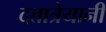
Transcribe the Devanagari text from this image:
दत्तात्रेयानी